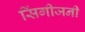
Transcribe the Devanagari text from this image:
सिंगीजनी